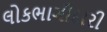
લોકભાગીદારી